Medical and sanitary report on the native army of Bombay for the year
Year: 1877
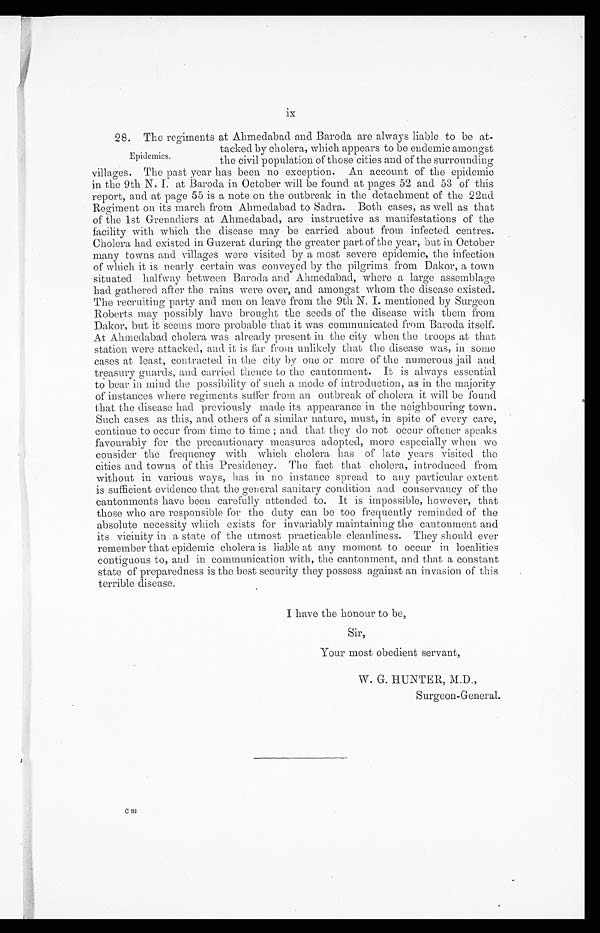
ix
28. The regiments at Ahmedabad and Baroda are always liable to be at-
tacked by cholera, which appears to be endemic amongst
the civil population of those cities and of the surrounding
villages. The past year has been no exception. An account of the epidemic
in the 9th N.I.at Baroda in October will be found at pages 52 and 53 of this
report, and at page 55 is a note on the outbreak in the detachment of the 22nd
Regiment on its march from Ahmedabad to Sadra. Both cases, as well as that
of the lst Grenadiers at Ahmedabad, are instructive as manifestations of the
facility with which the disease may be carried about from infected centres.
Cholera had existed in Guzerat during the greater part of the year, but in October
many towns and villages were visited by a most severe epidemic, the infection
of which it is nearly certain was conveyed by the pilgrims from Dakor, a town
situated halfway between Baroda and Ahmedabad, where a large assemblage
had gathered after the rains were over, and amongst whom the disease existed.
The recruiting party and men on leave from the 9th N. I. mentioned by Surgeon
Roberts may possibly have brought the seeds of the disease with them from.
Dakor, but it seems more probable that it was communicated from Baroda itself.
At Ahmedabad cholera was already present in the city when the troops at that
station were attacked, and it is far from unlikely that the disease was, in some
eases at least, contracted in the city by one or more of the numerous jail and
treasury guards, and carried thence to the cantonment. It is always essential
to bear in mind the possibility of such a mode of introduction, as in the majority
of instances where regiments suffer from an outbreak of cholera it will be found
that the disease had previously made its appearance in the neighbouring town.
Such cases as this, and others of a similar nature, must, in spite of every care,
continue to occur from time to time; and that they do not occur oftener speaks
favourably for the precautionary measures adopted, more especially when we
consider the frequency with which cholera has of late years visited the
cities and towns of this Presidency. The fact that cholera, introduced from
without in various ways, has in no instance spread to any particular extent
is sufficient evidence that the general sanitary condition and conservancy of the
cantonments have been carefully attended to. It is impossible, however, that
those who are responsible for the duty can be too frequently reminded of the
absolute necessity which exists for invariably maintaining the cantonment and
its vicinity in a state of the utmost practicable cleanliness. They should ever
remember that epidemic cholera is liable at any moment to occur in localities
contiguous to, and in communication with, the cantonment, and that a constant
state of preparedness is the best security they possess against an invasion of this
terrible disease.
I have the honour to be,
Sir,
Your most obedient servant,
W. G. HUNTER, M.D.,
Surgeon-General.
Epidemics.
c m